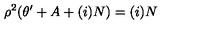
\rho ^ { 2 } ( \theta ^ { \prime } + A + ( i ) N ) = ( i ) N